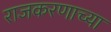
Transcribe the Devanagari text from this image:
राजकरणाच्या